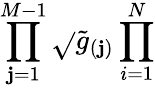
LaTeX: \prod_{\mathbf{j}=1}^{M-1}\sqrt{}{{\tilde{{g}}_{(\mathbf{j})}}}\prod_{i=1}^{N}